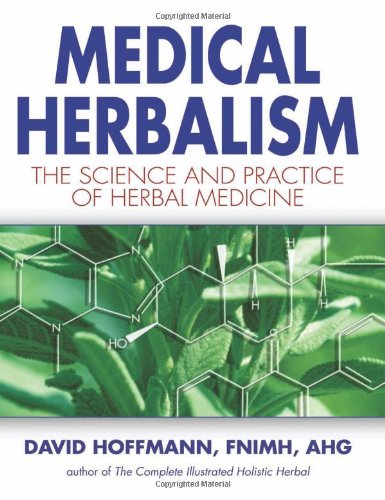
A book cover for Medical Herbalism: The Science Principles and Practices Of Herbal Medicine; David Hoffmann; Medical Books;